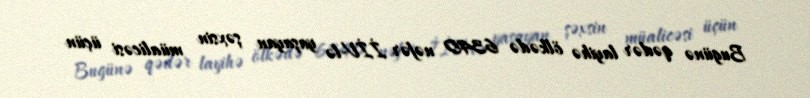
Bugünə qədər layihə ölkədə 6340 nəfər İİV-lə yaşayan şəxsin müalicəsi üçün